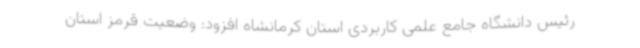
رئیس دانشگاه جامع علمی کاربردی استان کرمانشاه افزود: وضعیت قرمز استان